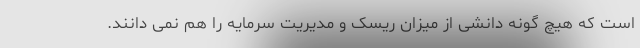
است که هیچ گونه دانشی از میزان ریسک و مدیریت سرمایه را هم نمی دانند.